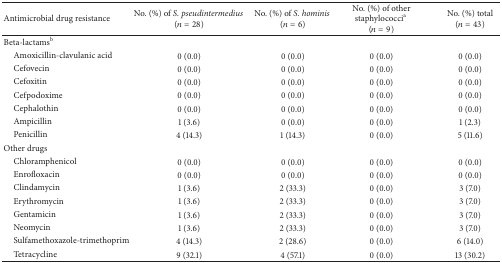
<table><thead><tr><td><b>Antimicrobial drug resistance</b></td><td><b>No. (%) of <i>S. pseudintermedius</i> (<i>n</i> = 28)</b></td><td><b>No. (%) of <i>S. hominis</i> (<i>n</i> = 6)</b></td><td><b>No. (%) of other staphylococci<sup>a</sup> (<i>n</i> = 9)</b></td><td><b>No. (%) total (<i>n</i> = 43)</b></td></tr></thead><tbody><tr><td>Beta-lactams<sup>b</sup></td><td> </td><td> </td><td> </td><td> </td></tr><tr><td> Amoxicillin-clavulanic acid</td><td>0 (0.0)</td><td>0 (0.0)</td><td>0 (0.0)</td><td>0 (0.0)</td></tr><tr><td> Cefovecin</td><td>0 (0.0)</td><td>0 (0.0)</td><td>0 (0.0)</td><td>0 (0.0)</td></tr><tr><td> Cefoxitin</td><td>0 (0.0)</td><td>0 (0.0)</td><td>0 (0.0)</td><td>0 (0.0)</td></tr><tr><td> Cefpodoxime</td><td>0 (0.0)</td><td>0 (0.0)</td><td>0 (0.0)</td><td>0 (0.0)</td></tr><tr><td> Cephalothin</td><td>0 (0.0)</td><td>0 (0.0)</td><td>0 (0.0)</td><td>0 (0.0)</td></tr><tr><td> Ampicillin</td><td>1 (3.6)</td><td>0 (0.0)</td><td>0 (0.0)</td><td>1 (2.3)</td></tr><tr><td> Penicillin</td><td>4 (14.3)</td><td>1 (14.3)</td><td>0 (0.0)</td><td>5 (11.6)</td></tr><tr><td>Other drugs</td><td> </td><td> </td><td> </td><td> </td></tr><tr><td> Chloramphenicol</td><td>0 (0.0)</td><td>0 (0.0)</td><td>0 (0.0) </td><td>0 (0.0)</td></tr><tr><td> Enrofloxacin</td><td>0 (0.0)</td><td>0 (0.0)</td><td>0 (0.0)</td><td>0 (0.0)</td></tr><tr><td> Clindamycin</td><td>1 (3.6)</td><td>2 (33.3)</td><td>0 (0.0)</td><td>3 (7.0)</td></tr><tr><td> Erythromycin</td><td>1 (3.6)</td><td>2 (33.3)</td><td>0 (0.0)</td><td>3 (7.0)</td></tr><tr><td> Gentamicin</td><td>1 (3.6)</td><td>2 (33.3)</td><td>0 (0.0)</td><td>3 (7.0)</td></tr><tr><td> Neomycin</td><td>1 (3.6)</td><td>2 (33.3)</td><td>0 (0.0)</td><td>3 (7.0)</td></tr><tr><td> Sulfamethoxazole-trimethoprim</td><td>4 (14.3)</td><td>2 (28.6)</td><td>0 (0.0)</td><td>6 (14.0)</td></tr><tr><td> Tetracycline</td><td>9 (32.1)</td><td>4 (57.1)</td><td>0 (0.0)</td><td>13 (30.2)</td></tr></tbody></table>